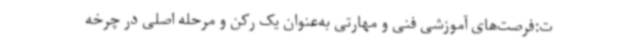
ت:فرصت‌های آموزشی فنی و مهارتی به‌عنوان یک رکن و مرحله اصلی در چرخه